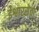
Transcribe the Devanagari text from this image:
ईश्वारसेवा